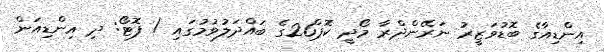
އިންޑިއާގެ ބޮޑުވަޒީރު ނަރޭންދްރާ މޯދީ ކޮޕް26ގެ ބައްދަލުވުމުގައި / ފޮޓޯ: ދި އިންޑިއަން